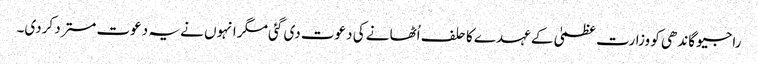
راجیو گاندھی کو وزارت عظمیٰ کے عہدے کا حلف اُٹھانے کی دعوت دی گئی مگر انہوں نے یہ دعوت مسترد کردی۔